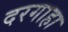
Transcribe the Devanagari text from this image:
दरगाहा